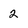
Character: 2